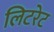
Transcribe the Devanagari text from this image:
लिटरेट